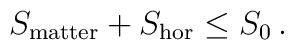
S_{\rm matter}+ S_{\rm hor} \leq S_0 \,.